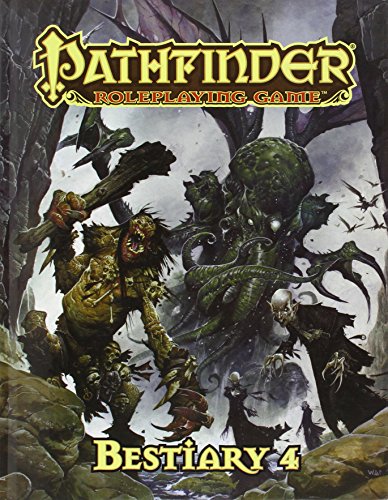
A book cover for Pathfinder Roleplaying Game: Bestiary 4; Dennis Baker; Science Fiction & Fantasy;